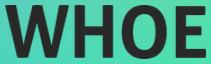
WHOE